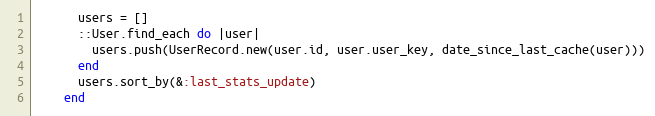
Language: Ruby
      users = []
      ::User.find_each do |user|
        users.push(UserRecord.new(user.id, user.user_key, date_since_last_cache(user)))
      end
      users.sort_by(&:last_stats_update)
    end